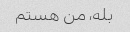
بله، من هستم